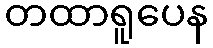
တထာရူပေန